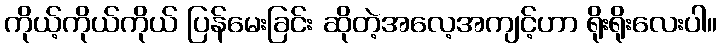
ကိုယ့်ကိုယ်ကိုယ် ပြန်မေးခြင်း ဆိုတဲ့အလေ့အကျင့်ဟာ ရိုးရိုးလေးပါ။